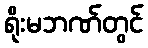
ရိုးမဘဏ်တွင်